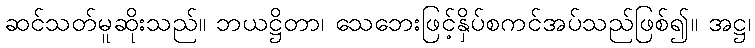
ဆင်သတ်မူဆိုးသည်။ ဘယဋ္ဌိတာ၊ သေဘေးဖြင့်နှိပ်စကင်အပ်သည်ဖြစ်၍။ အဋ္ဌ၊